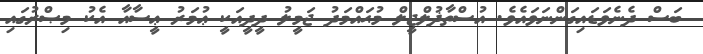
ބަސް ދެނެވަޑައިގަންނަވައެވެ. އުސްތާޛުލްޖީލް މުޙައްމަދު ޖަމީލު ދީދީއަކީ ޢުމަރު ޢީސާއާ އެކު މިޞްރުގައި